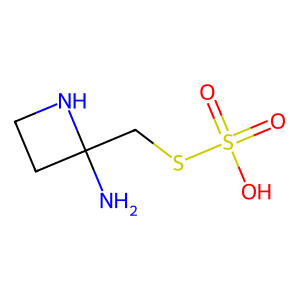
SMILES: NC1(CSS(=O)(=O)O)CCN1
Inhibits HIV replication: No